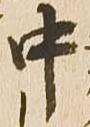
中